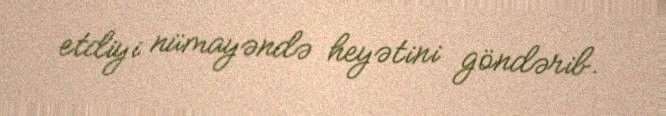
etdiyi nümayəndə heyətini göndərib.